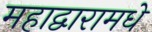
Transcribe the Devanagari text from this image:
महाद्वारामधे